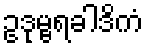
ဥဒုမ္ဗရခါဒိကံ